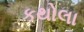
કથોલા